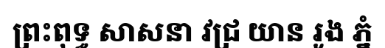
ព្រះពុទ្ធ សាសនា វជ្រ យាន រូង ភ្នំ